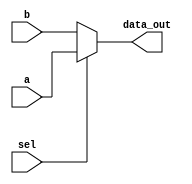
module mux_1
(
    input [63:0] a, b,
    input sel,
    output [63:0] data_out   
);

assign data_out = sel ? a : b;


endmodule //